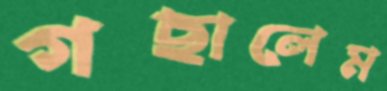
গছালেম